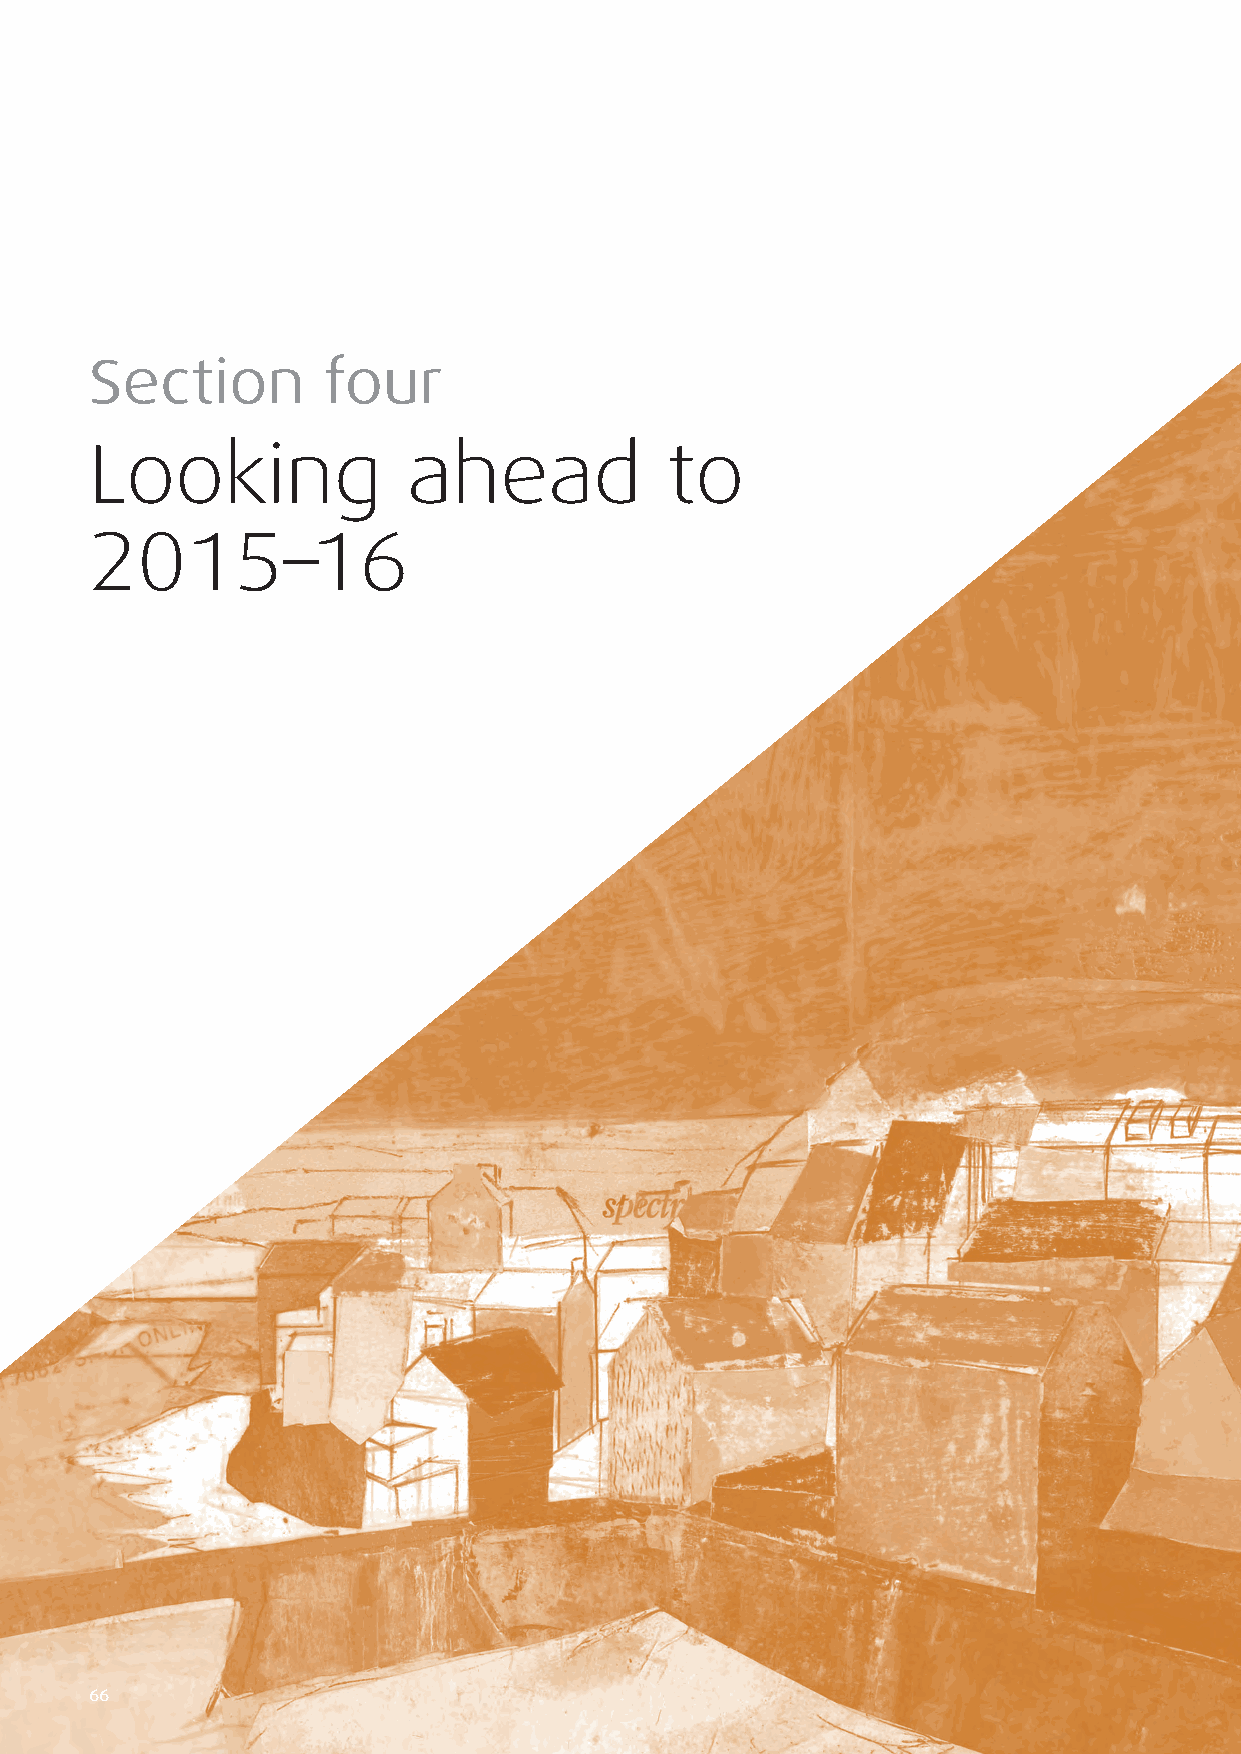
National Preventive Mechanism Sixth Annual Report 2014–15
 Section        four
 Looking              ahead            to
 2015–16
 6666